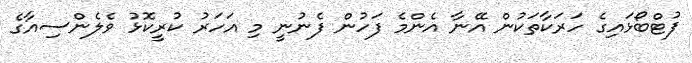
ފުޓްބޯޅައިގެ ހަރަކާތަކުން އޭނާ އެންމެ ފަހުން ފެނުނީ މި އަހަރު ކުރީކޮޅު ވެލެންސިއާގެ